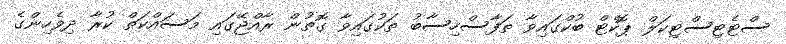
ސްޓެޓިސްޓިކަލް ޕޮކެޓް ބުކްގައިވާ ތަފާސްހިސާބު ތަކުގައިވާ ގޮތުން ރާއްޖޭގައި މަސައްކަތް ކުރާ ދިވެހިންގެ